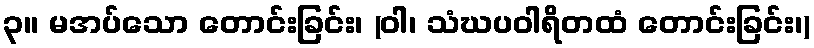
၃။ မအပ်သော တောင်းခြင်း၊ (ဝါ၊ သံဃပဝါရိတထံ တောင်းခြင်း၊)